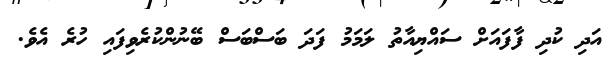
އަދި ކުދި ފާފައަށް ސައްޔިއާތު ލަމަމު ފަދަ ބަސްބަސް ބޭނުންކުރެވިފައި ހުރެ އެވެ.